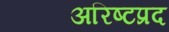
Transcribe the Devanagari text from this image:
अरिष्टप्रद